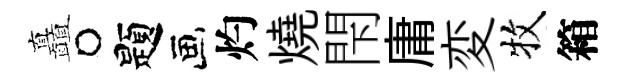
矗题灼燒閇庸変牧箱